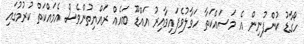
ހޯގާޑު ކުންފުނިން އެ މަަސައްކަތާ ހަވާލުވެފައިވާއިރު އައްޑޫ ބައެއް ރައްޔިތުންވެސް އެމަައްކަތް ކުރުމުގައި